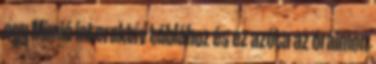
egy Mimió interaktív táblához és ez azóta az óráimon